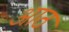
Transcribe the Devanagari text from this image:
अाठ